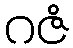
ဂဇံ